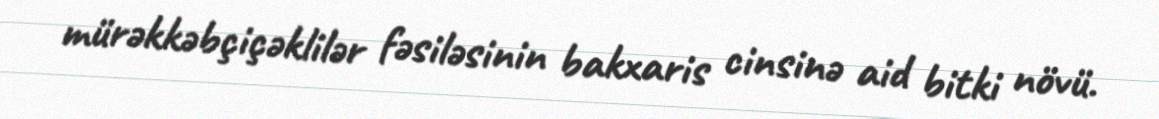
mürəkkəbçiçəklilər fəsiləsinin bakxaris cinsinə aid bitki növü.